Civil Veterinary Department. Central Provinces & Berar 1925-31 - 1925-1931
Year: 1925
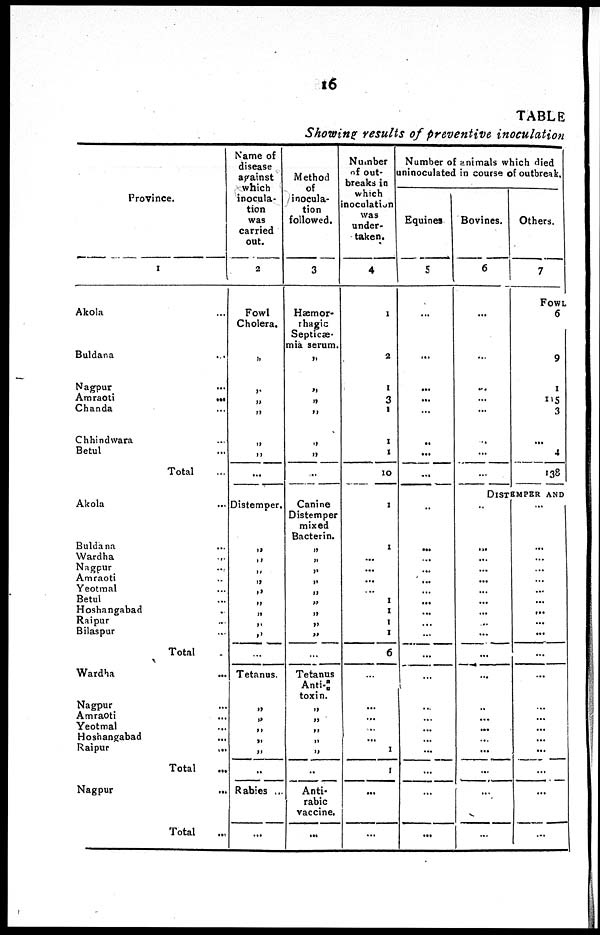
16
TABLE
Showing results of preventive inoculation
Province.
I
Akola ...
Buldana ...
Nagpur ...
Amraoti
...
Chanda ...
Chhindwara ...
Betul ...
Total ...
Akola ...
Buldana ...
Wardha
...
Nagpur ...
Amraoti ...
Yeotmal ...
Betul ...
Hoshangabad ...
Raipur ...
Bilaspur ...
Total .
Wardha ...
Nagpur ...
Amraoti ...
Yeotmal ...
Hoshangabad ...
Raipur
...
Total
...
Nagpur
...
Total ...
Name of
disease
against
which
inocula-
tion
was
carried
out.
2
Fowl
Cholera.
„
„
„
„
„
„
...
Distemper.
„
„
„
„
„
„
„
„
„
...
Tetanus.
„
„
„
„
„
„
Rabies ...
...
Method
of
inocula-
tion
followed.
3
Hæmor-
rhagic
Septicæ-
mia serum.
„
„
„
„
„
„
..
Canine
Distemper
mixed
Bacterin.
„
„
„
„
„
„
„
„
„
...
Tetanus
Anti-
toxin.
„
„
„
„
„
„
Anti-
rabic
vaccine.
...
Number
of out-
breaks in
which
noculation
was
under-
taken.
4
1
2
1
3
1
1
1
10
1
1
...
...
...
...
1
1
1
1
6
...
...
...
...
...
1
1
...
...
Number of animals which died
uninoculated in course of outbreak.
Equines
5
...
...
...
...
...
...
...
...
..
...
...
...
...
...
...
...
...
...
...
...
...
... ...
...
...
...
...
...
Bovines.
6
...
...
...
...
...
...
...
...
Others.
7
FOWL
6
9
1
115
3
...
4
138
DISTEMPER AND
..
...
...
...
...
...
...
...
...
...
...
...
..
... ...
...
...
...
...
...
...
...
...
...
... ...
...
...
...
...
...
...
...
... ...
...
...
...
...
...